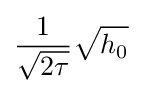
{\frac {1}{\sqrt {2\tau }}}{\sqrt {h_{0}}}